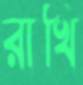
রাখি